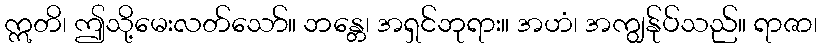
ဣတိ၊ ဤသို့မေးလတ်သော်။ ဘန္တေ၊ အရှင်ဘုရား။ အဟံ၊ အကျွန်ုပ်သည်။ ရာဇာ၊